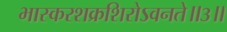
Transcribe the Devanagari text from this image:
भास्करशक्रशिरोऽवनते॥३॥